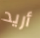
أريد